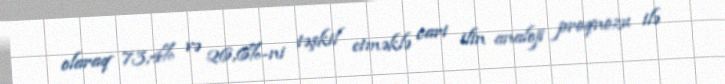
olaraq 73,4% və 26,6%-ni təşkil etməklə cari ilin analoji proqnozu ilə